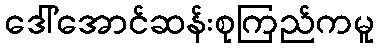
ဒေါ်အောင်ဆန်းစုကြည်ကမူ